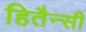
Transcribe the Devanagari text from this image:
हितैन्सी